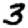
Digit: 3